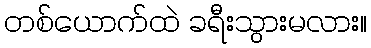
တစ်ယောက်ထဲ ခရီးသွားမလား။